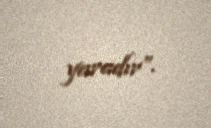
yaradır”.